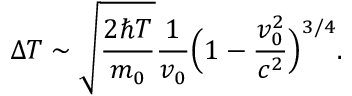
\Delta T \sim \sqrt { \frac { 2 \hslash T } { m _ { 0 } } } \frac { 1 } { v _ { 0 } } \Bigl ( 1 - \frac { v _ { 0 } ^ { 2 } } { c ^ { 2 } } \Bigr ) ^ { 3 / 4 } .